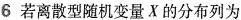
6若离散型随机变量X的分布列为